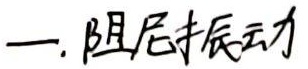
一. 阻尼振动